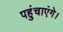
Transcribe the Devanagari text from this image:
पहुंचाएंगे।